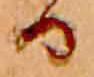
る